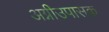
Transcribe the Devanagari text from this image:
अग्नीउपासक